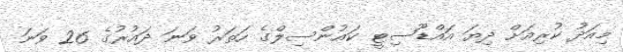
މިއަދު ކުރިއަށް ދިޔަ އައްޑޫސިޓީ ކައުންސިލްގެ ހަތަރު ވަނަ ދައުރުގެ 26 ވަނަ